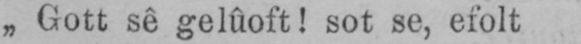
„Gott sê gelûoft! sot se, efolt